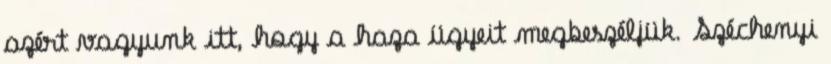
azért vagyunk itt, hogy a haza ügyeit megbeszéljük. Széchenyi